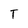
Character: T